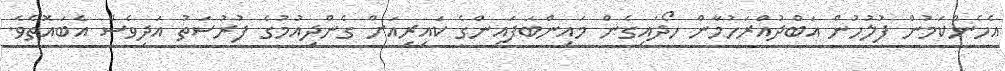
އެހެންކަމުން ފުލުހުން އަބްދުއްރަހުމާން ހޯދައިގެން މައިންބަފައިންގެ ކައިރިއަށް ގެންދިއުމުގެ ފުރުސަތު އަދިވެސް އެބައޮތެވެ.